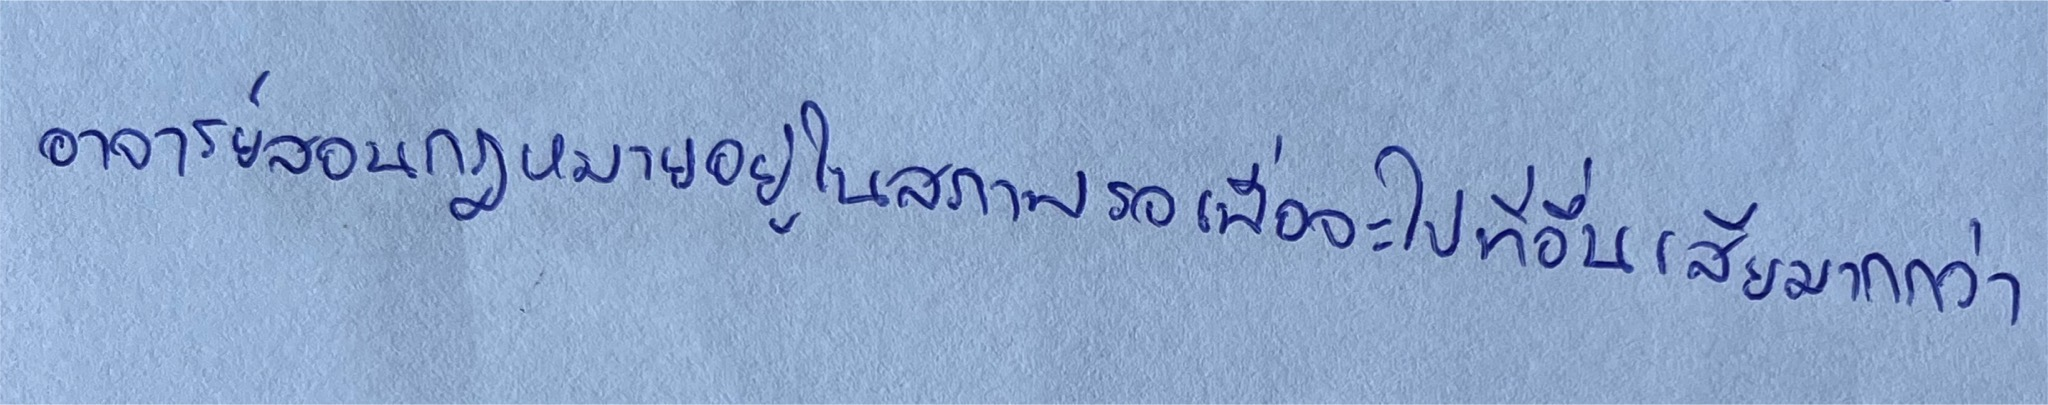
อาจารย์สอนกฎหมายอยู่ในสภาพรอเพื่อจะไปที่อื่นเสียมากกว่า